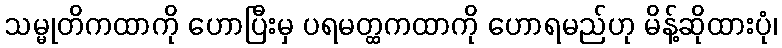
သမ္မုတိကထာကို ဟောပြီးမှ ပရမတ္ထကထာကို ဟောရမည်ဟု မိန့်ဆိုထားပုံ၊